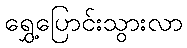
ရွှေ့ပြောင်းသွားလာ